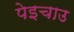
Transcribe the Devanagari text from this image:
पेइचाउ